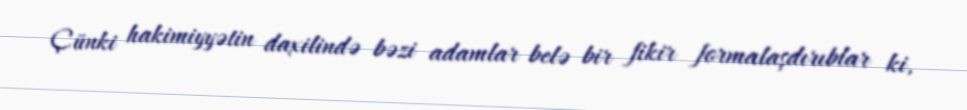
Çünki hakimiyyətin daxilində bəzi adamlar belə bir fikir formalaşdırıblar ki,